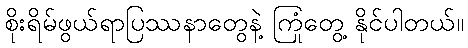
စိုးရိမ်ဖွယ်ရာပြဿနာတွေနဲ့ ကြုံတွေ့ နိုင်ပါတယ်။